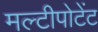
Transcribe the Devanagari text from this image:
मल्टीपोटेंट